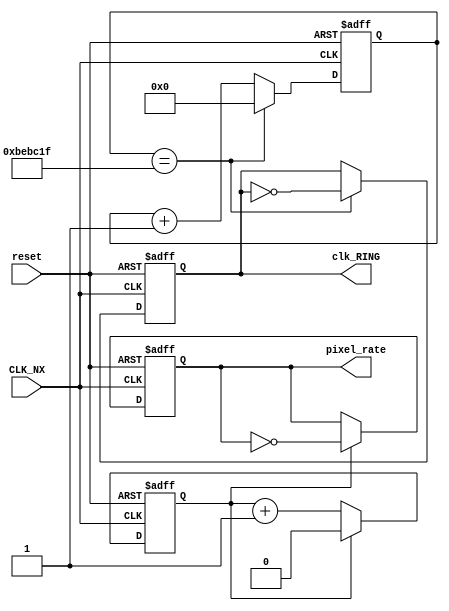
`timescale 1ns / 1ps
//////////////////////////////////////////////////////////////////////////////////
// Company: 
// Engineer: 
// 
// Design Name: 
// Module Name:    contador_clk 
// Project Name: 
// Target Devices: 
// Tool versions: 
// Description: 
//
// Dependencies: 
//
// Revision: 
// Revision 0.01 - File Created
// Additional Comments: 
//
//////////////////////////////////////////////////////////////////////////////////
module contador_clk(
    input CLK_NX,
	 input reset,
	 output reg pixel_rate,
	 output reg clk_RING
	 );
	 
//Se realiza un contador para dividir la frecuencia del clk de la Nexys de 100 MHz a 25 MHz

	reg [0:0] cont;
	reg [23:0] divisor;
	 always @(posedge CLK_NX, posedge reset)
	 begin
		if (reset)
		begin
			pixel_rate=0;
			cont=0;
			divisor=24'h0000;
			clk_RING=0;
			
			
		end
		
		else
		begin
			if(cont==1'd1)
			begin
				cont=1'd0;
				pixel_rate=~pixel_rate;
			end
			else cont=cont+1'd1;
			//Se realiza un reloj de alarma para el cronometro
			if(divisor==24'd12499999)
			begin
				divisor=24'd0;
				clk_RING=~clk_RING;
			end
			else divisor=divisor+24'd1;
			
			
		end
	 end
endmodule